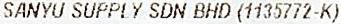
SANYU SUPPLY SDN BHD (1135772-K)